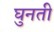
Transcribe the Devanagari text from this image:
घुनती